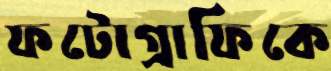
ফটোগ্রাফিকে